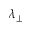
\lambda _ { \perp }